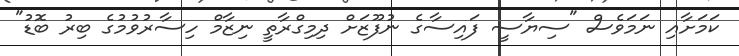
ކަމަށާއި ނަމަވެސް "ސިޔާސީ ފައިސާގެ ނުފޫޒަށް ދިމިގްރާތީ ނިޒާމް ހިސާރުވުމުގެ ބިރު ބޮޑު"